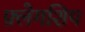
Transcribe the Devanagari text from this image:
फ़्लेगशिप